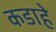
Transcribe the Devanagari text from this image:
कडाहे